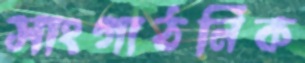
সাংগাঠনিক